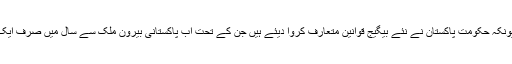
لیکن اب ان لوگوں کے لیے بری خبر آ گئی ہے کیونکہ حکومت پاکستان نے نئے بیگیج قوانین متعارف کروا دیئے ہیں جن کے تحت اب پاکستانی بیرون ملک سے سال میں صرف ایک فون ہی کسٹمز ڈیوٹی ادا کیے بغیر لا سکیں گے۔